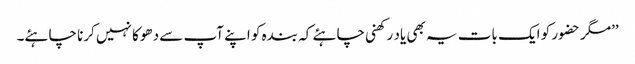
’’مگر حضور کو ایک بات یہ بھی یاد رکھنی چاہئے کہ بندہ کو اپنے آپ سے دھوکا نہیں کرنا چاہئے۔